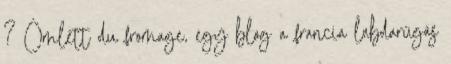
? Omlett du fromage, egy blog a francia labdarúgás